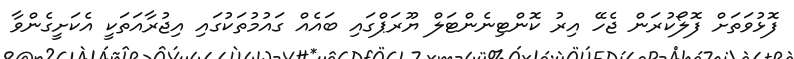
ފޮޅުވަތަށް ފޮލޯކުރަން ޖެހޭ އިރު ކޮންޓިނެންޓަލް ޔޫރަޕްގައި ބައެއް ގައުމުތަކުގައި އިޖުރާއަތަކީ އެކަށީގެންވާ